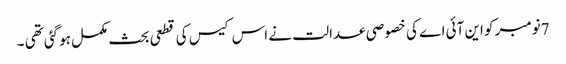
7نومبر کو این آئی اے کی خصوصی عدالت نے اس کیس کی قطعی بحث مکمل ہوگئی تھی ۔